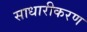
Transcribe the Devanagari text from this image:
साधारीकरण